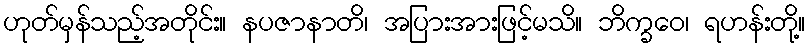
ဟုတ်မှန်သည့်အတိုင်း။ နပဇာနာတိ၊ အပြားအားဖြင့်မသိ။ ဘိက္ခဝေ၊ ရဟန်းတို့။